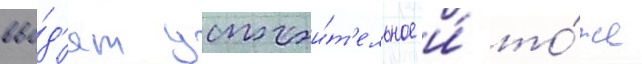
вво́д'ят успокои́т'ельное и́ то́же